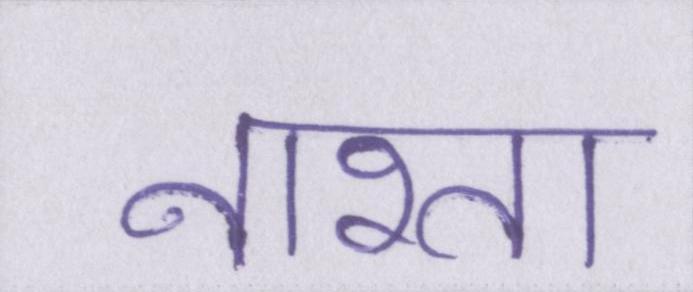
नाश्ता